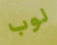
لوب